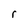
Character: r